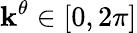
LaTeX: \mathbf{k}^{\theta}\in[0,2\pi]